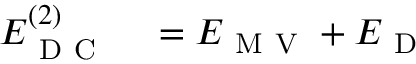
\begin{array} { r l } { E _ { \mathrm { ~ D ~ C ~ } } ^ { ( 2 ) } } & { { } = E _ { \mathrm { ~ M ~ V ~ } } + E _ { \mathrm { ~ D ~ } } \; } \end{array}